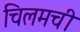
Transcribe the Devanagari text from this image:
चिलमची